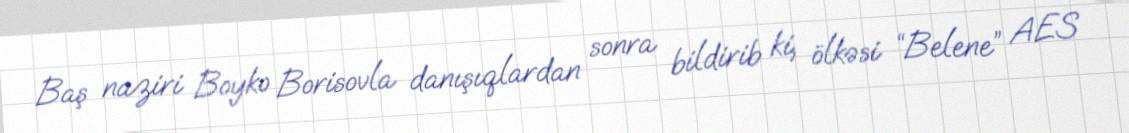
Baş naziri Boyko Borisovla danışıqlardan sonra bildirib ki, ölkəsi “Belene” AES